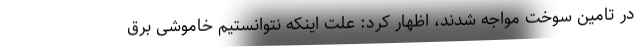
در تامین سوخت مواجه شدند، اظهار کرد: علت اینکه نتوانستیم خاموشی برق